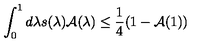
\int _ { 0 } ^ { 1 } d \lambda s ( \lambda ) \mathcal { A } ( \lambda ) \leq \frac { 1 } { 4 } ( 1 - \mathcal { A } ( 1 ) )